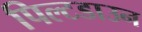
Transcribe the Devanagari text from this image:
पिल्टडाउन